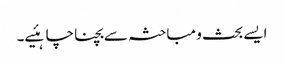
ایسے بحث و مباحثہ سے بچنا چاہئیے۔